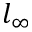
l _ { \infty }